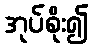
အုပ်စိုး၍